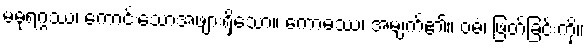
မဓုရဂ္ဂဿ၊ ကောင်းသောအဖျားရှိသော။ ကောဓဿ၊ အမျက်၏။ ဝဓံ၊ ဖြတ်ခြင်းကို။